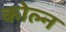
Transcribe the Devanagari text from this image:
कोल्न